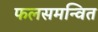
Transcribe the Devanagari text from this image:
फलसमन्वित